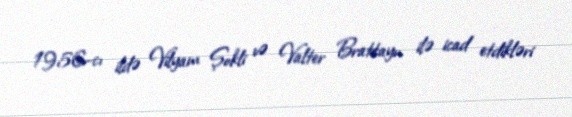
1956-cı ildə Vilyam Şokli və Valter Brattayn ilə icad etdikləri